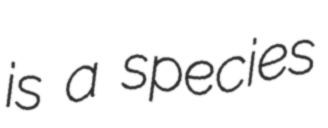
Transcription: is a species